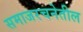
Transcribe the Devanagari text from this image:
समाजरचनेतील